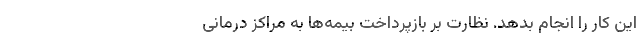
این کار را انجام بدهد. نظارت بر بازپرداخت بیمه‌ها به مراکز درمانی